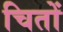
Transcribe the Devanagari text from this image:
चितों